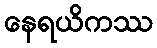
နေရယိကဿ